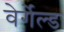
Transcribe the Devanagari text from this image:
वेर्गेल्ड